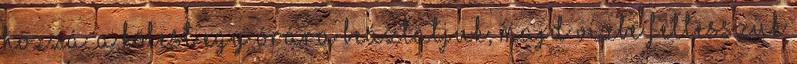
hozzá. A kölest egy órára beáztatjuk, majd vízbe feltesszük